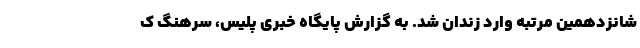
شانزدهمین مرتبه وارد زندان شد. به گزارش پایگاه خبری پلیس، سرهنگ ک